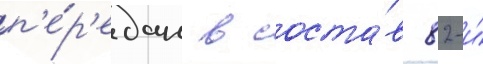
п'е́р'едан в соста́в 82-и́